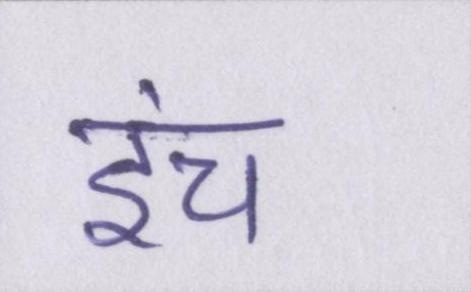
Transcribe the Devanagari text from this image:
इंच